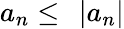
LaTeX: a_{n}\leq\ \left|a_{n}\right\vert